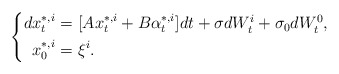
\begin{align*} \left\{ \begin{aligned}dx^{*,i}_t=&~[Ax^{*,i}_t+B\alpha^{*,i}_t]dt+\sigma dW^i_t+\sigma_0dW^0_t,\\ x^{*,i}_0=&~\xi^i. \end{aligned} \right. \end{align*}